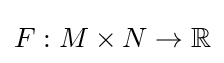
F:M\times N\to \mathbb {R}